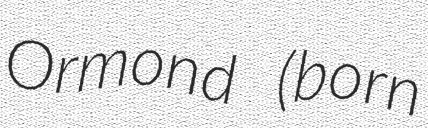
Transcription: Ormond (born